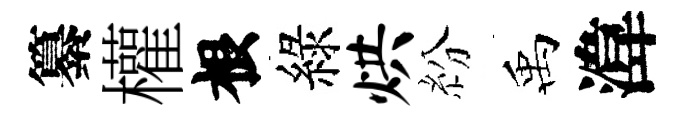
纂權根綠烘紛禹湋